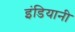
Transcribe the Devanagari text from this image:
इंडियानी